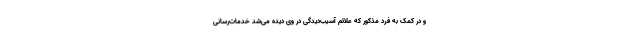
و در کمک به فرد مذکور که علائم آسیب‌دیدگی در وی دیده می‌شد خدمات‌رسانی